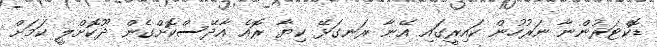
ޑޮކްޓަރުންނާ ނަރުހުން ކައިރީގައި އޭނާ ރަނގަޅޭ ކިޔާ ރޮއެ އާދޭސްކޮށްގެން ދޫކޮށްލީ ކަމަށް